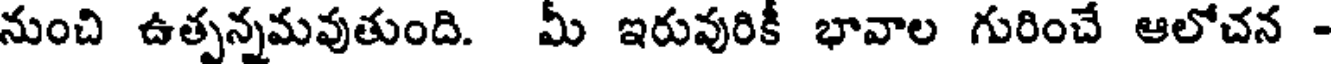
నుంచి ఉత్పన్నమవుతుంది. మీ ఇరువురికీ భావాల గురించే ఆలోచన -